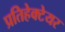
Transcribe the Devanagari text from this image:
प्रतिहेक्टेयर